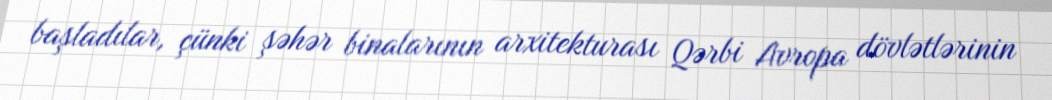
başladılar, çünki şəhər binalarının arxitekturası Qərbi Avropa dövlətlərinin